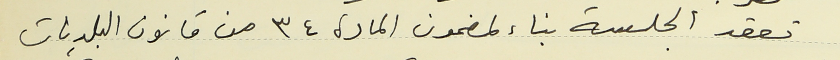
تعقد الجلسة بناء لمضمون المادة ٣٤ من قانون البلديات